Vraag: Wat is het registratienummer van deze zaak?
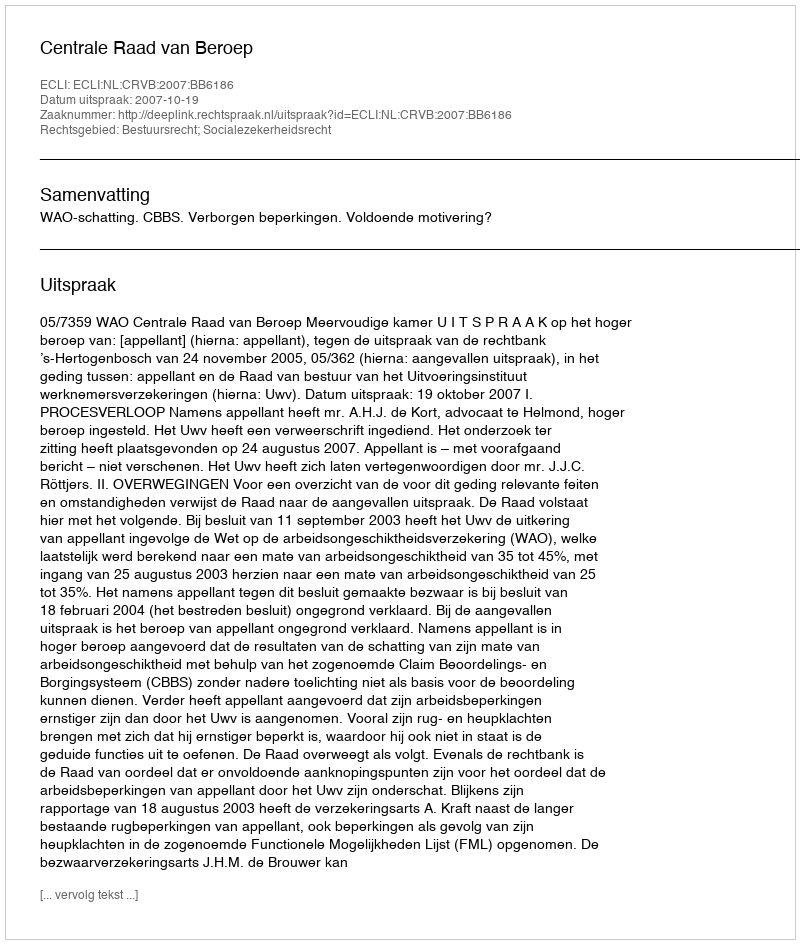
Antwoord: http://deeplink.rechtspraak.nl/uitspraak?id=ECLI:NL:CRVB:2007:BB6186